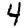
Digit: 4